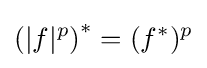
\left(\vert f\vert ^{p}\right)^{*}=(f^{*})^{p}